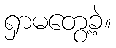
ရှာမတွေ့ခဲ့။